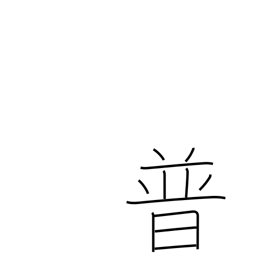
Meaning: Prussia